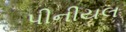
પીનીયલ